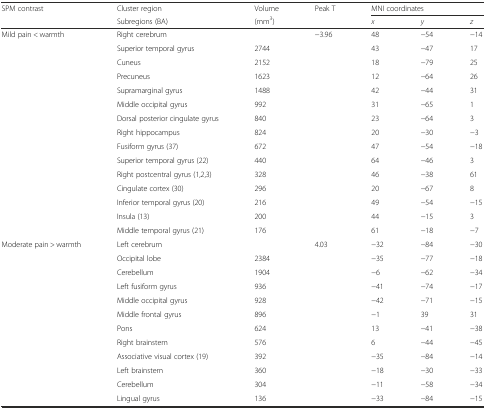
| <ROWSPAN=2> SPM contrast | Cluster region | Volume | Peak T | <COLSPAN=3> MNI coordinates |
 | Subregions (BA) | (mm3) |  | x | y | z |
 | --- | --- | --- | --- | --- | --- | --- |
 | Mild pain < warmth | Right cerebrum |  | −3.96 | 48 | −54 | −14 |
 |  | Superior temporal gyrus | 2744 |  | 43 | −47 | 17 |
 |  | Cuneus | 2152 |  | 18 | −79 | 25 |
 |  | Precuneus | 1623 |  | 12 | −64 | 26 |
 |  | Supramarginal gyrus | 1488 |  | 42 | −44 | 31 |
 |  | Middle occipital gyrus | 992 |  | 31 | −65 | 1 |
 |  | Dorsal posterior cingulate gyrus | 840 |  | 23 | −64 | 3 |
 |  | Right hippocampus | 824 |  | 20 | −30 | −3 |
 |  | Fusiform gyrus (37) | 672 |  | 47 | −54 | −18 |
 |  | Superior temporal gyrus (22) | 440 |  | 64 | −46 | 3 |
 |  | Right postcentral gyrus (1,2,3) | 328 |  | 46 | −38 | 61 |
 |  | Cingulate cortex (30) | 296 |  | 20 | −67 | 8 |
 |  | Inferior temporal gyrus (20) | 216 |  | 49 | −54 | −15 |
 |  | Insula (13) | 200 |  | 44 | −15 | 3 |
 |  | Middle temporal gyrus (21) | 176 |  | 61 | −18 | −7 |
 | Moderate pain > warmth | Left cerebrum |  | 4.03 | −32 | −84 | −30 |
 |  | Occipital lobe | 2384 |  | −35 | −77 | −18 |
 |  | Cerebellum | 1904 |  | −6 | −62 | −34 |
 |  | Left fusiform gyrus | 936 |  | −41 | −74 | −17 |
 |  | Middle occipital gyrus | 928 |  | −42 | −71 | −15 |
 |  | Middle frontal gyrus | 896 |  | −1 | 39 | 31 |
 |  | Pons | 624 |  | 13 | −41 | −38 |
 |  | Right brainstem | 576 |  | 6 | −44 | −45 |
 |  | Associative visual cortex (19) | 392 |  | −35 | −84 | −14 |
 |  | Left brainstem | 360 |  | −18 | −30 | −33 |
 |  | Cerebellum | 304 |  | −11 | −58 | −34 |
 |  | Lingual gyrus | 136 |  | −33 | −84 | −15 |